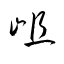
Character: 岨